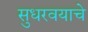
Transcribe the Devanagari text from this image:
सुधरवयाचे